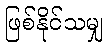
ဖြစ်နိုင်သမျှ